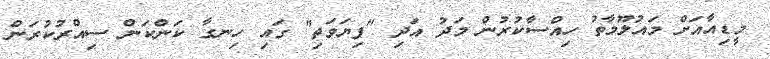
މީޑިއާއަށް މަައުލޫމާތު ހިއްސާކުރުން މަދު އަދި "ފިޔަވަތި" ގައި ހިނގާ ކަންކަން ސިއްރުކުރަން